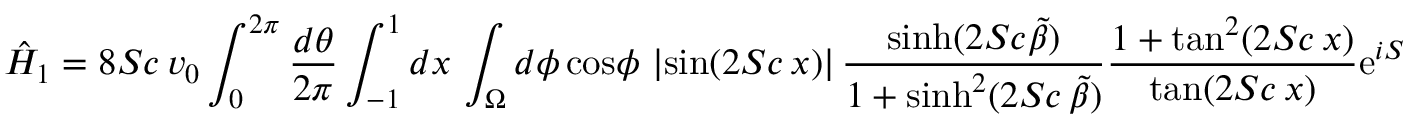
\hat { H } _ { 1 } = 8 S c \, v _ { 0 } \int _ { 0 } ^ { 2 \pi } { \frac { d \theta } { 2 \pi } } \int _ { - 1 } ^ { 1 } d x \, \int _ { \Omega } d \phi \, \mathrm { c o s } \phi \, \left| \mathrm { s i n } ( 2 S c \, x ) \right| { \frac { \mathrm { s i n h } ( 2 S c \tilde { \beta } ) } { 1 + \mathrm { s i n h } ^ { 2 } ( 2 S c \, \tilde { \beta } ) } } { \frac { 1 + \mathrm { t a n } ^ { 2 } ( 2 S c \, x ) } { \mathrm { t a n } ( 2 S c \, x ) } } \mathrm { e } ^ { i S }